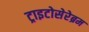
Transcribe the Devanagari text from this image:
ट्राइटोसेरेब्रम